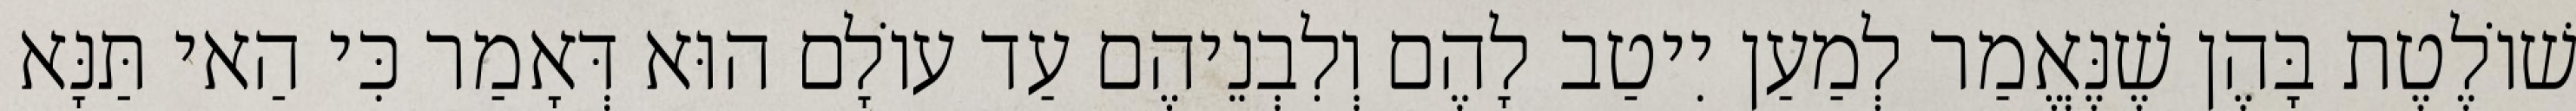
שׁוֹלֶטֶת בָּהֶן שֶׁנֶּאֱמַר לְמַעַן יִיטַב לָהֶם וְלִבְנֵיהֶם עַד עוֹלָם הוּא דְּאָמַר כִּי הַאי תַּנָּא